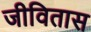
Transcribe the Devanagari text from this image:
जीवितास